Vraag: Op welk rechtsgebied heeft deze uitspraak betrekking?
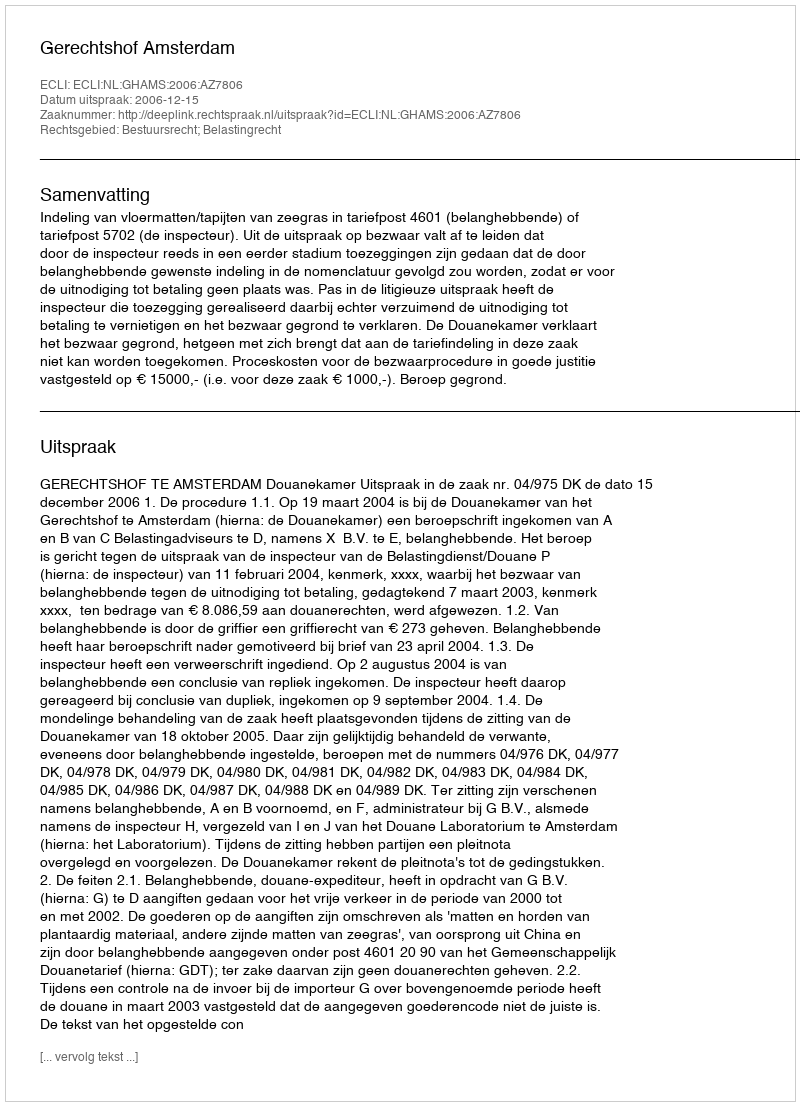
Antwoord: Bestuursrecht; Belastingrecht